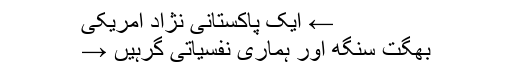
← ایک پاکستانی نژاد امریکی
بھگت سنگھ اور ہماری نفسیاتی گرہیں →